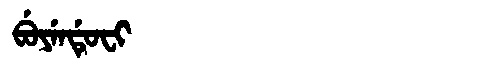
Manchu: ᠪᡠᠶᡝᠨᡩᡠᠸᡳ
Romanization: BUYENDUFI